Report of the Indian Hemp Drugs Commission, 1894-1895 - Volume IV
Year: 1894
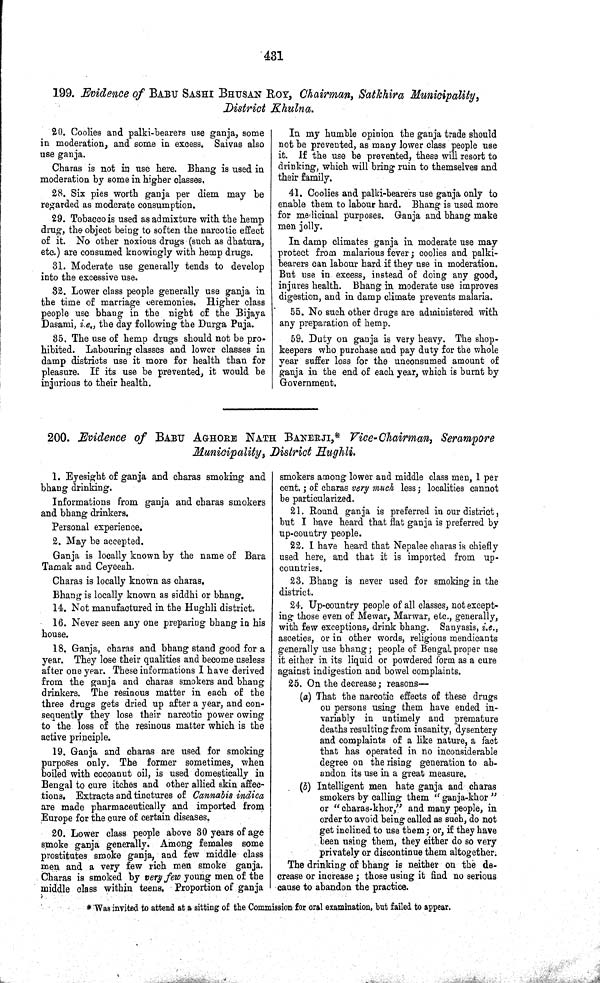
431
199. Evidence of BABU SASHI BHUSHAN ROY, Chairman, Satkhira Municipality,
District Khulna.
20. Coolies and palki-bearers use ganja, some
in moderation, and some in excess. Saivas also
use ganja.
Charas is not in use here. Bhang is used in
moderation by some in higher classes.
28. Six pies worth ganja per diem may be
regarded as moderate consumption.
29. Tobacco is used as admixture with the hemp
drug, the object being to soften the narcotic effect
of it. No other noxious drugs (such as dhatura,
etc.) are consumed knowingly with hemp drugs.
31. Moderate use generally tends to develop
into the excessive use.
32. Lower class people generally use ganja in
the time of marriage ceremonies. Higher class
people use bhaug in the night of the Bijaya
Dasami, i.e., the day following the Durga Puja.
35. The use of hemp drugs should not be pro-
hibited. Labouring classes and lower classes in
damp districts use it more for health than for
pleasure. If its use be prevented, it would be
injurious to their health.
In my humble opinion the ganja trade should
not be prevented, as many lower class people use
it. If the use be prevented, these will resort to
drinking, which will bring ruin to themselves and
their family.
41. Coolies and palki-bearers use ganja only to
enable them to labour hard. Bhang is used more
for medicinal purposes. Ganja and bhang make
men jolly.
In damp climates ganja in moderate use may
protect from malarious fever; coolies and palki-
bearers can labour hard if they use in moderation.
But use in excess, instead of doing any good,
injures health. Bhang in moderate use improves
digestion, and in damp climate prevents malaria.
55. No such other drugs are administered with
any preparation of hemp.
59. Duty on ganja is very heavy. The shop-
keepers who purchase and pay duty for the whole
year suffer loss for the unconsumed amount of
ganja in the end of each year, which is burnt by
Government.
200. Evidence of BABU AGHORE NATH BANERJI,* Vice-Chairman, Serampore
Municipality, District Hughli.
1. Eyesight of ganja and charas smoking and
bhang drinking.
Informations from ganja and charas smokers
and bhang drinkers.
Personal experience.
2. May be accepted.
Ganja is locally known by the name of Bara
Tamak and Ceyeeah.
Charas is locally known as charas.
Bhang is locally known as siddhi or bhang.
14. Not manufactured in the Hughli district.
16. Never seen any one preparing bhang in his
house.
18. Ganja, charas and bhang stand good for a
year. They lose their qualities and become useless
after one year. These informations I have derived
from the ganja and charas smokers and bhang
drinkers. The resinous matter in each of the
three drugs gets dried up after a year, and con-
sequently they lose their narcotic power owing
to the loss of the resinous matter which is the
active principle.
19. Ganja and charas are used for smoking
purposes only. The former sometimes, when
boiled with cocoanut oil, is used domestically in
Bengal to cure itches and other allied skin affec-
tions. Extracts and tinctures of Cannabis indica
are made pharmaceutically and imported from
Europe for the cure of certain diseases.
20. Lower class people above 30 years of age
smoke ganja generally. Among females some
prostitutes smoke ganja, and few middle class
men and a very few rich men smoke ganja.
Charas is smoked by very few young men of the
middle class within teens. Proportion of ganja
smokers among lower and middle class men, 1 per
cent.; of charas very much less; localities cannot
be particularized.
21. Round ganja is preferred in our district,
but I have heard that flat ganja is preferred by
up-country people.
22. I have heard that Nepalee charas is chiefly
used here, and that it is imported from up-
countries.
23. Bhang is never used for smoking in the
district.
24. Up-country people of all classes, not except-
ing those even of Mewar, Marwar, etc., generally,
with few exceptions, drink bhang. Sanyasis, i.e.,
ascetics, or in other words, religious mendicants
generally use bhang; people of Bengal proper use
it either in its liquid or powdered form as a cure
against indigestion and bowel complaints.
25. On the decrease; reasons—
(a) That the narcotic effects of these drugs
on persons using them have ended in-
variably in untimely and premature
deaths resulting from insanity, dysentery
and complaints of a like nature, a fact
that has operated in no inconsiderable
degree on the rising generation to ab-
andon its use in a great measure.
(b) Intelligent men hate ganja and charas
smokers by calling them "ganja-khor"
or "charas-khor," and many people, in
order to avoid being called as such, do not
get inclined to use them; or, if they have
been using them, they either do so very
privately or discontinue them altogether.
The drinking of bhang is neither on the de-
crease or increase; those using it find no serious
cause to abandon the practice.
* Was invited to attend at a sitting of the Commission for oral examination, but failed to appear.